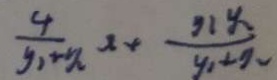
\frac { 4 } { y _ { 1 } + y _ { 2 } } x + \frac { y _ { 1 } y _ { 2 } } { y _ { 1 } + y _ { 2 } }